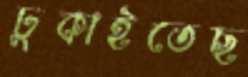
ঢুকাইতেছ